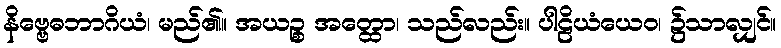
နိဗ္ဗေဓဘာဂိယံ၊ မည်၏။ အယဉ္စ အတ္ထော၊ သည်လည်း။ ပါဠိယံယေဝ၊ ၌သာလျှင်။